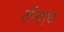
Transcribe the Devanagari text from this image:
तीसएक